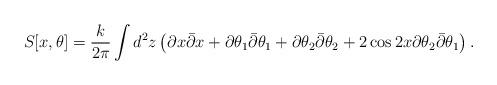
LaTeX: \begin{align*} S[x,\theta]=\frac{k}{2\pi}\int d^{2}z \left(\partial x \bar{\partial}x+\partial\theta_{1} \bar{\partial}\theta_{1}+\partial\theta_{2}\bar{\partial}\theta_{2}+ 2\cos{2x} \partial\theta_{2}\bar{\partial}\theta_{1}\right).\end{align*}